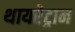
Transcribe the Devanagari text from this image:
थायरेट्रान